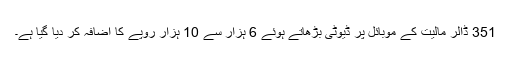
351 ڈالر مالیت کے موبائل پر ڈیوٹی بڑھاتے ہوئے 6 ہزار سے 10 ہزار روپے کا اضافہ کر دیا گیا ہے۔